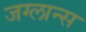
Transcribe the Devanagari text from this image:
जग्लान्स